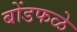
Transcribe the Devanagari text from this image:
बोंडफळे